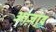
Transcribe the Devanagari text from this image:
आ़जाद